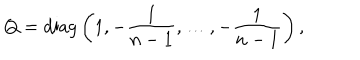
Q = \mathrm { d i a g } \left( 1 , - { \frac { 1 } { n - 1 } } , \ldots , - { \frac { 1 } { n - 1 } } \right) ,